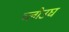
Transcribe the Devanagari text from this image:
च्लोउघ